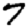
Digit: 7